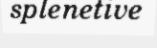
splenetive